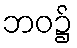
ဘဝ၌